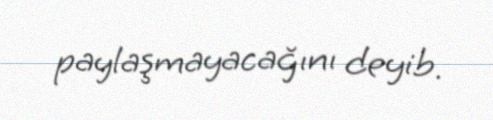
paylaşmayacağını deyib.